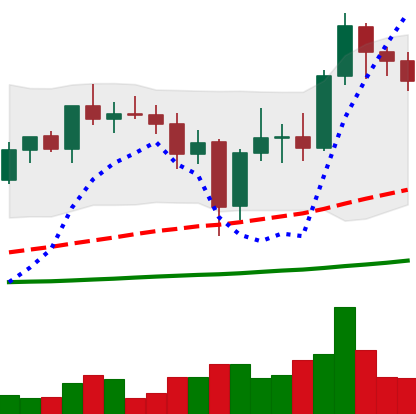
Ticker: ADA-USD
Chart end date: 2021-01-01
Forward return: 89.277%
Label: up_7plus